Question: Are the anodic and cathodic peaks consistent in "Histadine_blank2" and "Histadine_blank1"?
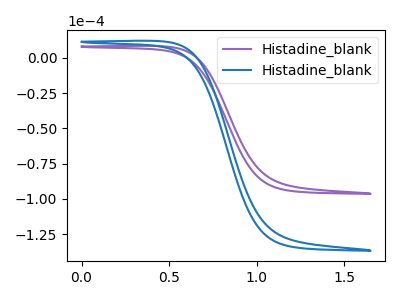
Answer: <think>The purple curve "Histadine_blank1" has no peaks. The blue curve "Histadine_blank2" has no peaks.</think>
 <answer>Niether CV has any peaks.</answer>
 <eval>blanks</eval>